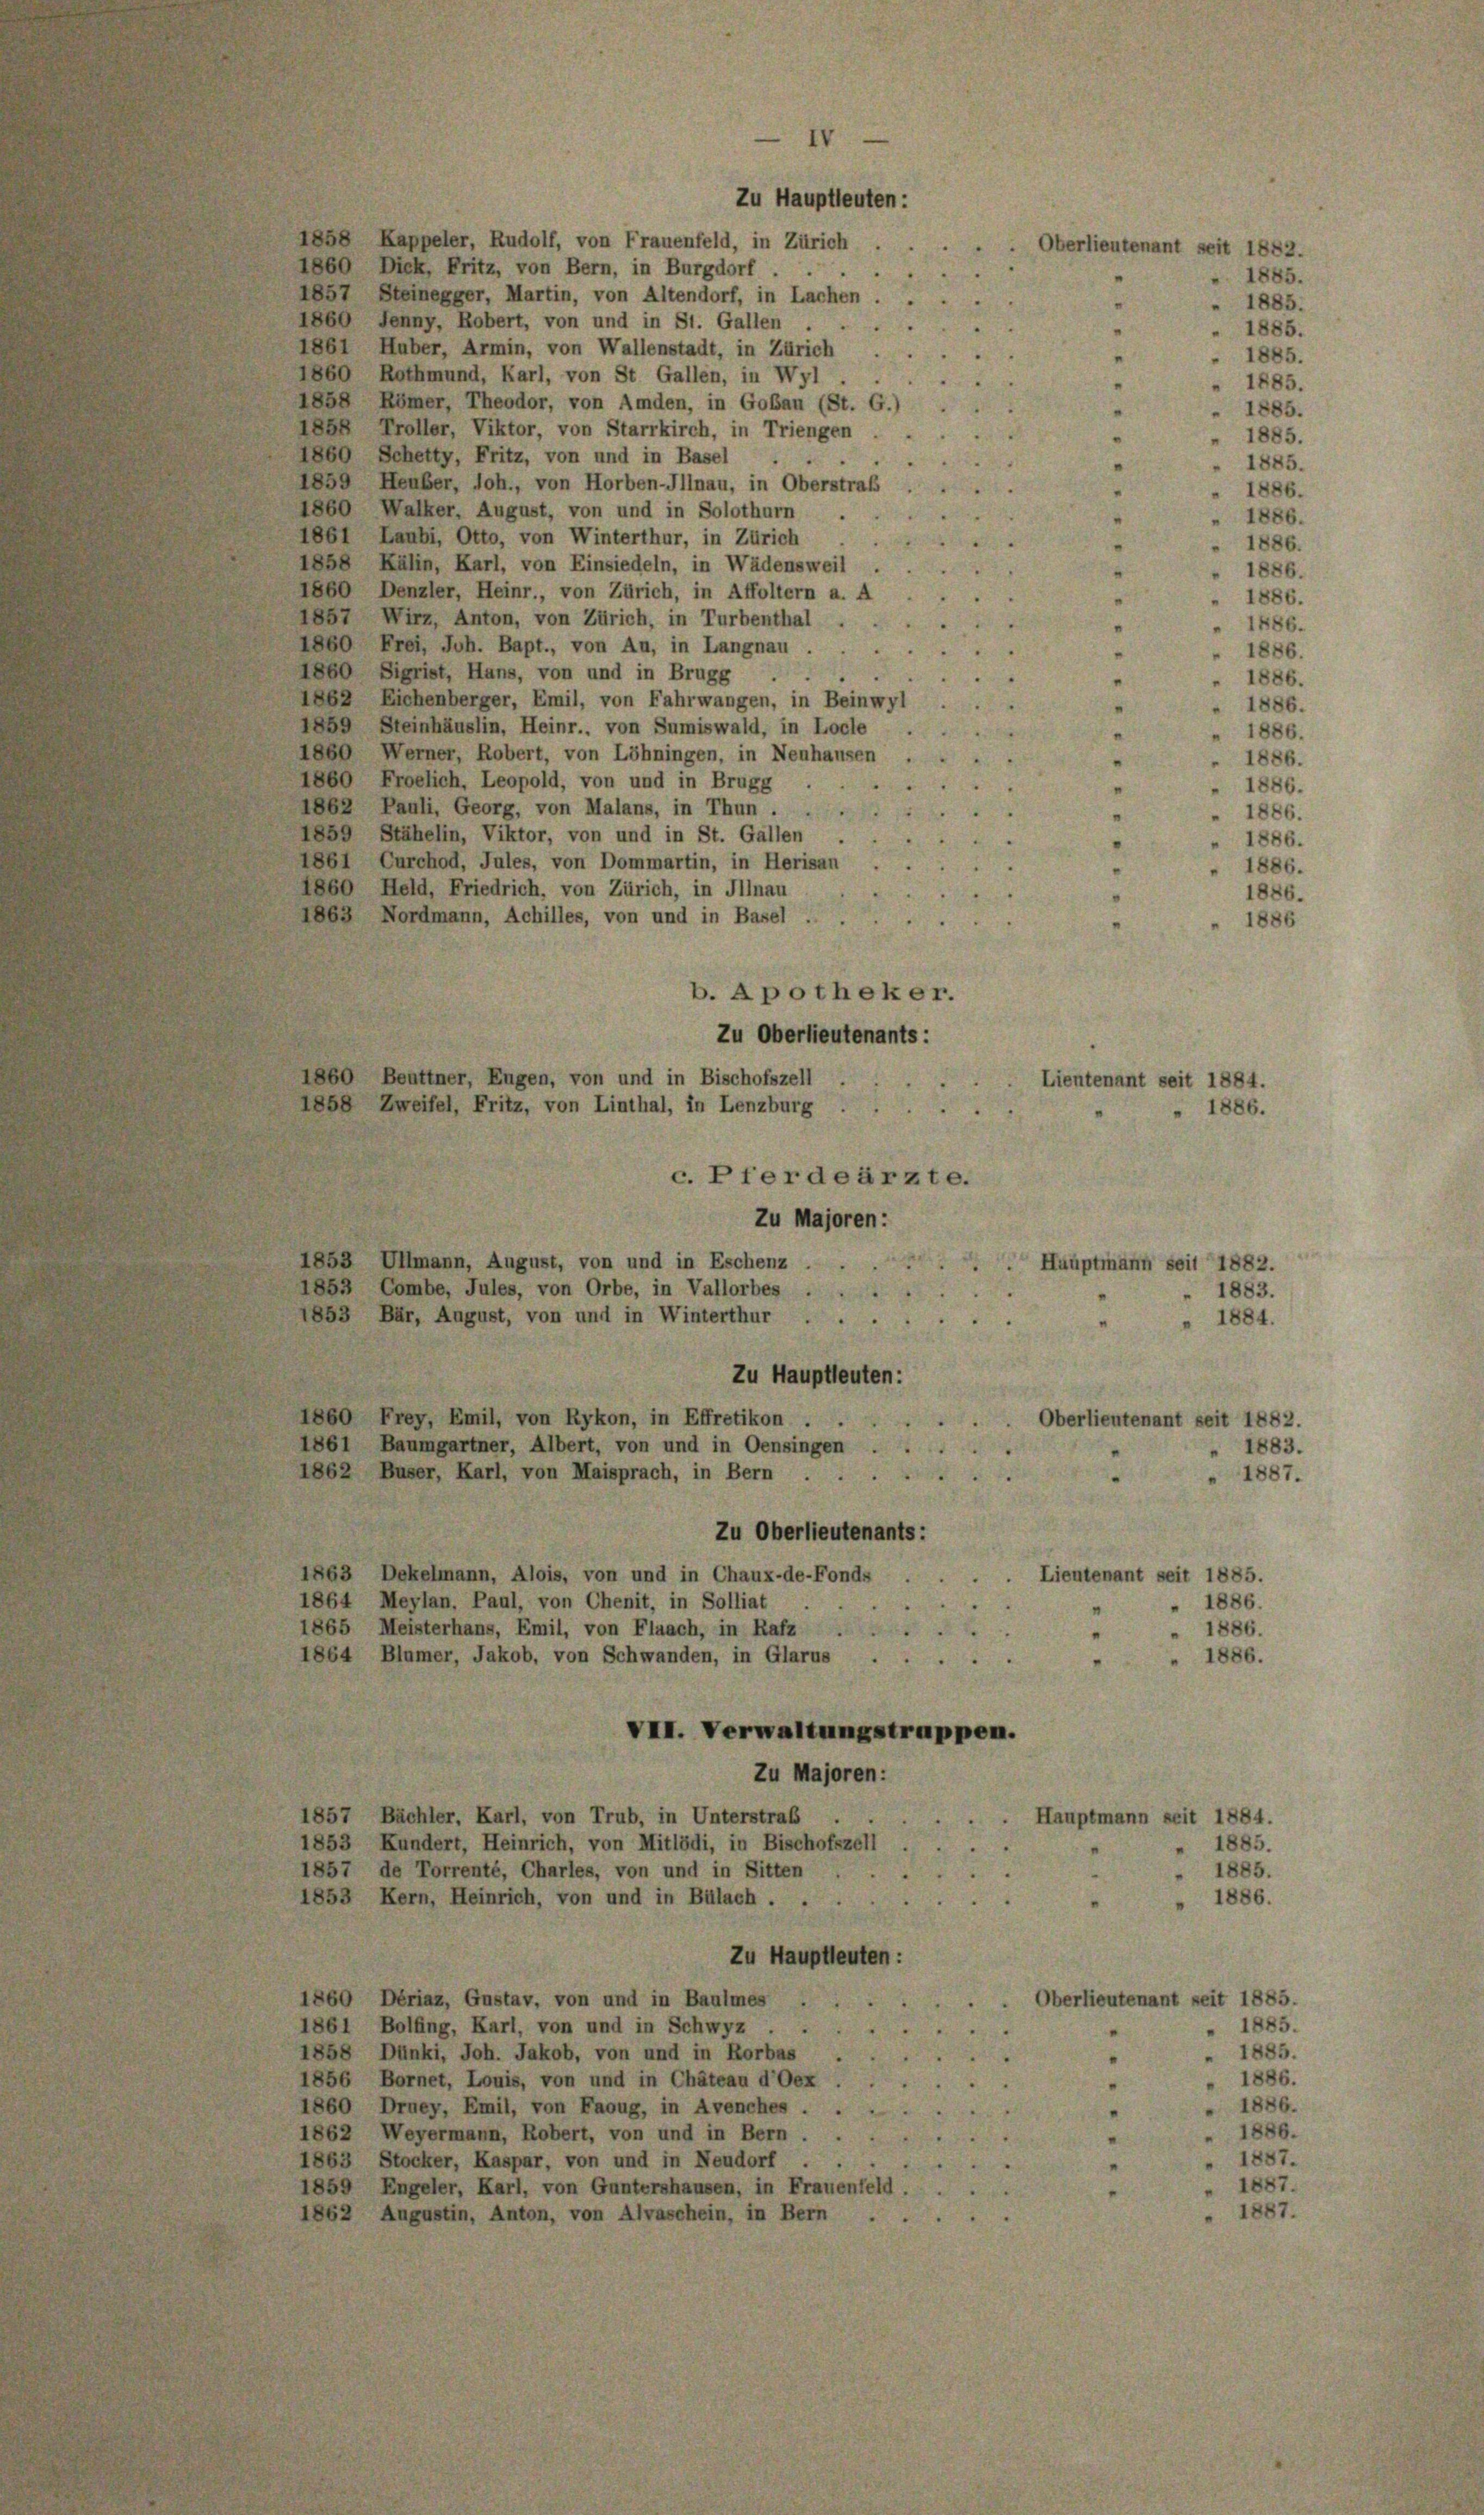
1858 Kappeler, Rudolf, von Frauenfeld, in Zürich
1860 Dick, Fritz, von Bern, in Burgdorf ...
1857 Steinegger, Martin, von Altendorf, in Lachen
1860 Jenny, Robert, von und in St. Gallen

1861 Huber, Armin, von Wallenstadt, in Zürich
1860 Rothmund, Karl, von St Gallen, in Wyl
1858 Römer, Theodor, von Amden, in Goßau (St. G
185 Troller, Viktor, von Starrkirch, in Triengen
1860 Schetty, Fritz, von und in Basel
1859 Heuber, Joh., von Horben-Illnau, in Oberstraf
1860, Walker, August, von und in Solothurn
1861 Laubi, Otto, von Winterthur, in Zürich
1858 Kälin, Karl, von Einsiedeln, in Wädensweil
1860 Denzler, Heinr., von Zürich, in Affoltern a. A
1857 Wirz, Anton, von Zürich, in Turbenthal
1860, Frei, Joh. Bapt., von Au, in Langnau
1860 Sigrist, Hans, von und in Brugg
1862 Eichenberger, Emil, von Fahrwangen, in Beinwy
1859 Steinhäuslin, Heinr., von Sumiswald, in Locle
1860 Werner, Robert, von Löhningen, in Neuhausen
1860 Froelich, Leopold, von und in Brugg,
1862 Pauli, Georg, von Malans, in Thun
1859 Stähelin, Viktor, von und in St. Gallen
1861 Curchod, Jules, von Dommartin, in Herisan
1860 Held, Friedrich, von Zürich, in Illnau
1863 Nordmann, Achilles, von und in Basel
b. Apotheker.
Zu Oberlieutenants:
Lieutenant seit 1884.
. Pferde ärzte.
Zu Majoren:
1853 Ullmann, August, von und in Eschenz.
Hauptmann seit 1882.
1853 Combe, Jules, von Orbe, in Vallorbes .
1883.
1853 Bär, August, von und in Winterthur.
1884.
Zu Hauptleuten:
1860 Frey, Emil, von Rykon, in Effretikon
Oberlieutenant seit 1882.
1861 Baumgartner, Albert, von und in Oensingen
1883.
1862 Buser, Karl, von Maisprach, in Bern
1887.
Zu Oberlieutenants:
1863 Dekelmann, Alois, von und in Chaux-de-Fonds
Lieutenant seit 1885.
1864 Meylan. Paul, von Chenit, in Solliat
" 1886.
1865 Meisterhans, Emil, von Flaach, in Rafz
 1886.
1864 Blümer, Jakob, von Schwanden, in Glarus .
1886.
VII. Verwaltungstruppen.
Zu Majoren:
1857 Bächler, Karl, von Trub, in Unterstraf
Hauptmann seit 1884.
1853 Kundert, Heinrich, von Mitlödi, in Bischofszell
1885.
1857 de Torrenté, Charles, von und in Sitten
1885.
1853 Kern, Heinrich, von und in Bülach.
1886.
Zu Hauptleuten:
Oberlieutenant seit 1885.
1860 Dériaz, Gustav, von und in Baulmes
1885.
1861 Bolfing, Karl, von und in Schwyz
1885.
1858 Dünki, Joh. Jakob, von und in Rorbas
1886.
1856 Bornet, Louis, von und in Chäteau d’Oex
1886.
1860 Druey, Emil, von Faoug, in Avenches . .
1886.
1862 Weyermann, Robert, von und in Bern .
1887.
1863 Stocker, Kaspar, von und in Neudorf . .
1887.
1859 Engeler, Karl, von Guntershausen, in Frauenfeld
1887.
1862 Augustin, Anton, von Alvaschein, in Bern

1860 Beuttner, Eugen, von und in Bischofszell
1858 Zweifel, Fritz, von Linthal, in Lenzburg.

Zu Hauptleuten:
Oberlieutenant seit 1882.

1885.
1885.
1885.
1885.
1885.
1885.
1885.
1885.
1886.
1886.
1886.
1886.
1886.
1486.
1886.
1886.
1886.
1886.
 1886.
1886.
1886.
1886.
1886.

1886

" 1886.

1886.